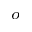
^ o